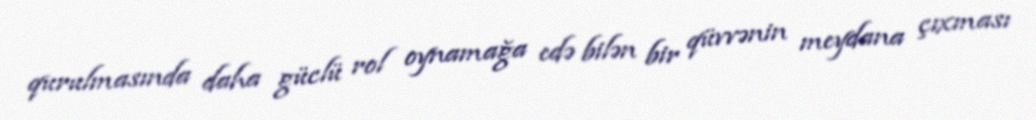
qurulmasında daha güclü rol oynamağa edə bilən bir qüvvənin meydana çıxması